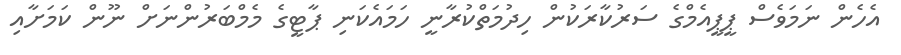
އެހެން ނަމަވެސް ޕީޕީއެމްގެ ސަރުކާރަކުން ހިދުމަތްކުރާނީ ހަމައެކަނި ޕާޓީގެ މެމްބަރުންނަށް ނޫން ކަމަށާއި